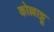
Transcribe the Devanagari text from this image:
कोल्लाट्टू